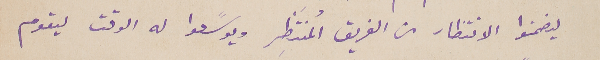
ليضمنوا الانتظار من الفريق المُنتَظِر ويوسًعوا له الوقت ليقوم